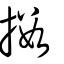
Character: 擻